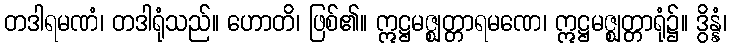
တဒါရမဏံ၊ တဒါရုံသည်။ ဟောတိ၊ ဖြစ်၏။ ဣဋ္ဌမဇ္ဈတ္တာရမဏေ၊ ဣဋ္ဌမဇ္ဈတ္တာရုံ၌။ ဒွိန္နံ၊